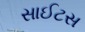
સાઈટસ